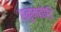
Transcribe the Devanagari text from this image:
हनुमतोडि